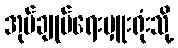
အုပ်ချုပ်ရေးမှူးရုံးသို့